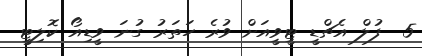
5  ފުލް އެޗްޑީ ޓީވީއަށް ވުރެ ހަތަރު ގުނަ ވީޑިއޯ ކޮލިޓީ